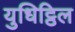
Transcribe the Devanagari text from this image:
युधिट्ठिल